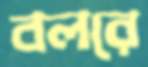
বলরে